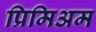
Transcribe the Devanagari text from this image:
प्रिमिअम